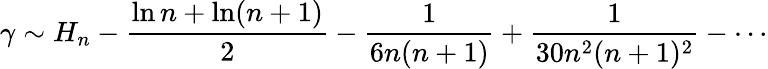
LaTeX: \gamma\sim H_{n}-{\frac{\ln n+\ln(n+1)}{2}}-{\frac{1}{6n(n+1)}}+{\frac{1}{30n^{2}(n+1)^{2}}}-\cdots